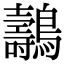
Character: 𪇘